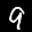
Label: 9